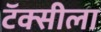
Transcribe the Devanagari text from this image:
टॅक्सीला